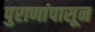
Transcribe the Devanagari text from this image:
पुराणांपासून